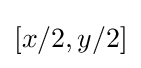
[x/2,y/2]